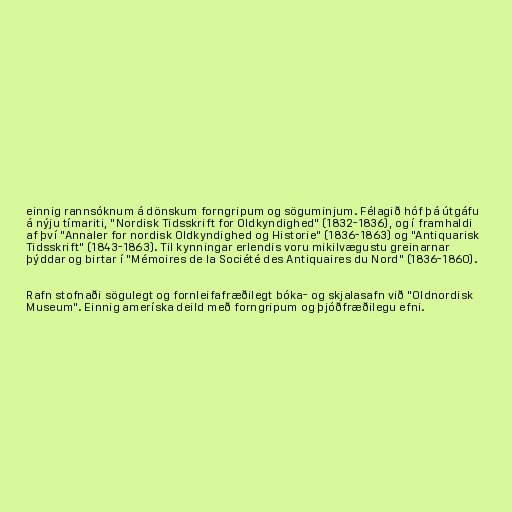
einnig rannsóknum á dönskum forngripum og söguminjum. Félagið hóf þá útgáfu
á nýju tímariti, "Nordisk Tidsskrift for Oldkyndighed" (1832-1836), og í framhaldi
af því "Annaler for nordisk Oldkyndighed og Historie" (1836-1863) og "Antiquarisk
Tidsskrift" (1843-1863). Til kynningar erlendis voru mikilvægustu greinarnar
þýddar og birtar í "Mémoires de la Société des Antiquaires du Nord" (1836-1860).

Rafn stofnaði sögulegt og fornleifafræðilegt bóka- og skjalasafn við "Oldnordisk
Museum". Einnig ameríska deild með forngripum og þjóðfræðilegu efni.